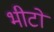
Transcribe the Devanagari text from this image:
भीटों